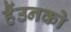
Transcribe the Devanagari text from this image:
हैंउनको